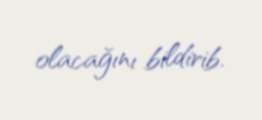
olacağını bildirib.